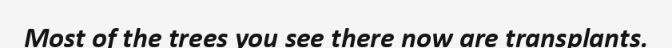
Most of the trees you see there now are transplants.